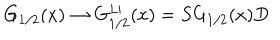
G _ { 1 / 2 } ( x ) \rightarrow G _ { 1 / 2 } ^ { L \prime } ( x ) = S G _ { 1 / 2 } ( x ) D